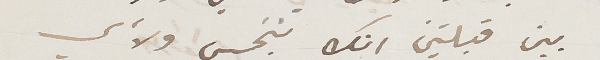
بين قبلتين انك تبخس ولأي